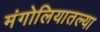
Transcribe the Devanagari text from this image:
मंगोलियातल्या